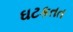
ઘટકતત